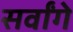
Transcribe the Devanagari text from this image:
सर्वांगे